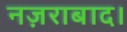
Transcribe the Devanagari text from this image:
नज़राबाद।